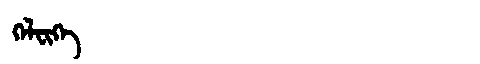
Manchu: ᡴᡝᠯᠸᡳᡴᡝ
Romanization: KELFIKE